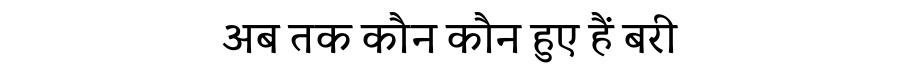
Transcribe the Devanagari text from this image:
अब तक कौन कौन हुए हैं बरी